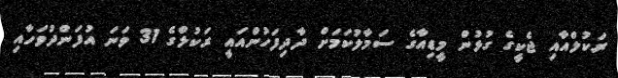
ރަކުލްއާއި ޖެކީގެ ގުޅުން މީޑިއާގެ ސަމާލުކަމަށް ދާދިފަހުންއައީ ރަކުލްގެ 31 ވަނަ އުފަންދުވަހާއި